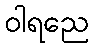
ဝါရညေ